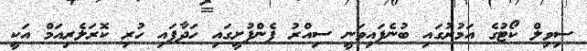
ސިވިލް ކޯޓުގެ އަމުރުގައި ބުނެފައިވަނީ ސިއްރު ފެންފުށީގައި ހަދާފައި ހުރި ކޮރަލެރިއަމް އަކީ